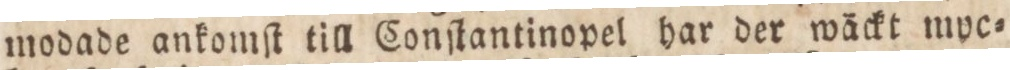
modade ankomſt till Conſtantinopel har der wäckt muc=